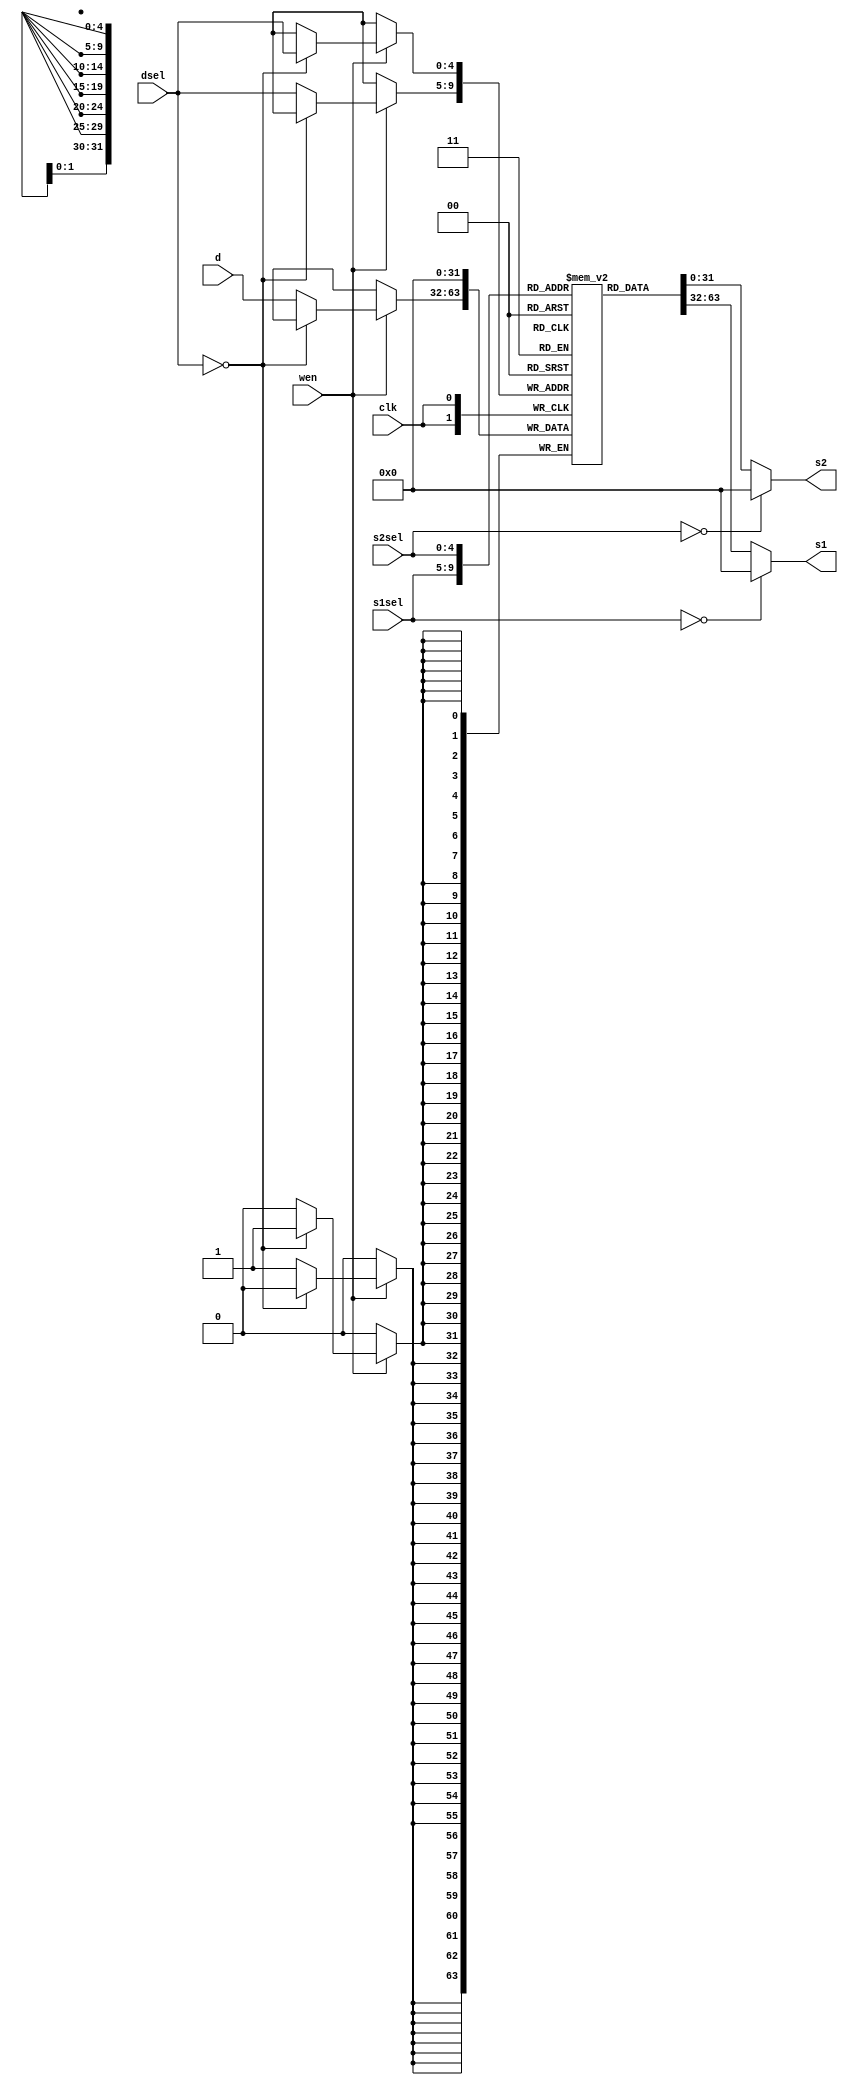
module regfile(s1, s2, d, s1sel, s2sel, dsel, wen, clk);
    input wire [31:0] d;
    input wire [4:0] s1sel, s2sel, dsel;
    input wen, clk;
    output reg[31:0] s1, s2;

    reg [31:0] regs [1:31];
    integer i;

    initial begin
        for (i = 1; i < 32; i = i + 1) begin
            regs[i] = 0;
        end
    end

    always @(posedge clk) begin
        if (wen) begin
            if (dsel == 0) begin
                regs[dsel] <= 0;
            end else begin
                regs[dsel] <= d;
            end
        end
    end

    always @(*) begin
        if (s1sel == 0) begin
            s1 <= 0;
        end else begin
            s1 <= regs[s1sel];
        end
    end

    always @(*) begin
        if (s2sel == 0) begin
            s2 <= 0;
        end else begin
            s2 <= regs[s2sel];
        end
    end

    // debugging
    always @(posedge clk) begin
        $display("t0: %H, t1: %H, t2: %H, t3: %H", regs[5], regs[6], regs[7], regs[28]);
        // $display("ra: %H", regs[1]);
    end

endmodule